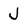
Character: J